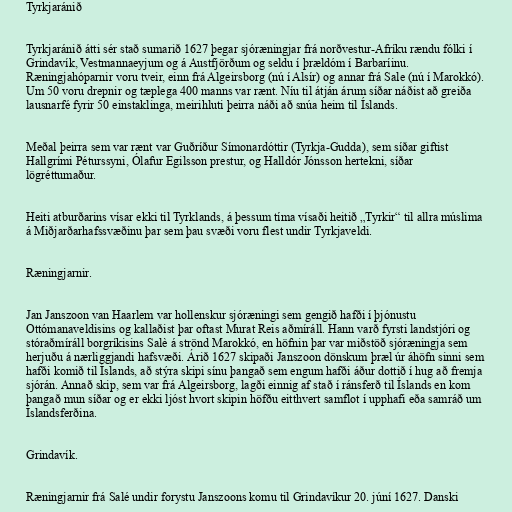
Tyrkjaránið

Tyrkjaránið átti sér stað sumarið 1627 þegar sjóræningjar frá norðvestur-Afríku rændu fólki í
Grindavík, Vestmannaeyjum og á Austfjörðum og seldu í þrældóm í Barbaríinu.
Ræningjahóparnir voru tveir, einn frá Algeirsborg (nú í Alsír) og annar frá Sale (nú í Marokkó).
Um 50 voru drepnir og tæplega 400 manns var rænt. Níu til átján árum síðar náðist að greiða
lausnarfé fyrir 50 einstaklinga, meirihluti þeirra náði að snúa heim til Íslands.

Meðal þeirra sem var rænt var Guðríður Símonardóttir (Tyrkja-Gudda), sem síðar giftist
Hallgrími Péturssyni, Ólafur Egilsson prestur, og Halldór Jónsson hertekni, síðar
lögréttumaður.

Heiti atburðarins vísar ekki til Tyrklands, á þessum tíma vísaði heitið „Tyrkir“ til allra múslima
á Miðjarðarhafssvæðinu þar sem þau svæði voru flest undir Tyrkjaveldi.

Ræningjarnir.

Jan Janszoon van Haarlem var hollenskur sjóræningi sem gengið hafði í þjónustu
Ottómanaveldisins og kallaðist þar oftast Murat Reis aðmíráll. Hann varð fyrsti landstjóri og
stóraðmíráll borgríkisins Salè á strönd Marokkó, en höfnin þar var miðstöð sjóræningja sem
herjuðu á nærliggjandi hafsvæði. Árið 1627 skipaði Janszoon dönskum þræl úr áhöfn sinni sem
hafði komið til Íslands, að stýra skipi sínu þangað sem engum hafði áður dottið í hug að fremja
sjórán. Annað skip, sem var frá Algeirsborg, lagði einnig af stað í ránsferð til Íslands en kom
þangað mun síðar og er ekki ljóst hvort skipin höfðu eitthvert samflot í upphafi eða samráð um
Íslandsferðina.

Grindavík.

Ræningjarnir frá Salé undir forystu Janszoons komu til Grindavíkur 20. júní 1627. Danski